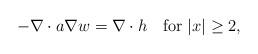
LaTeX: \begin{align*}-\nabla\cdot a\nabla w=\nabla\cdot h\quad\mbox{for}\;|x|\ge 2,\end{align*}